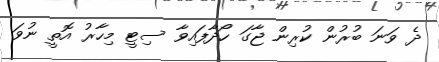
ދެ ވަނަ ބުރުން ކުރިން ޖާގަ ހޯދާފައިވާ ސިޓީ މިހާރު އޮތީ ނުވަ